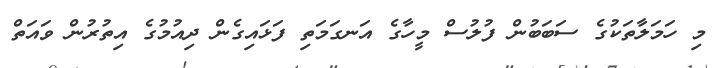
މި ހަމަލާތަކުގެ ސަބަބުން ފުލުސް މީހާގެ އަނގަމަތި ފަޅައިގެން ދިއުމުގެ އިތުރުން ވައަތް